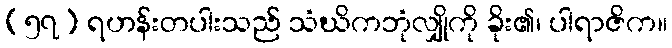
(၅၇) ရဟန်းတပါးသည် သံဃိကဘုံလျှိုကို ခိုး၏၊ ပါရာဇိက။